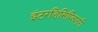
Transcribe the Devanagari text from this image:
इंटरडिसिप्लिनरी